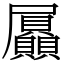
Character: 屭